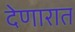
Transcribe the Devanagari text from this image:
देणारात